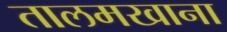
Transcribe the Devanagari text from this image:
तालमखाना